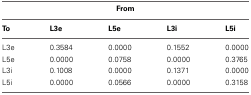
<table><thead><tr><td colspan="5"><b>From</b></td></tr></thead><tbody><tr><td><b>To</b></td><td><b>L3e</b></td><td><b>L5e</b></td><td><b>L3i</b></td><td><b>L5i</b></td></tr><tr><td>L3e</td><td>0.3584</td><td>0.0000</td><td>0.1552</td><td>0.0000</td></tr><tr><td>L5e</td><td>0.0000</td><td>0.0758</td><td>0.0000</td><td>0.3765</td></tr><tr><td>L3i</td><td>0.1008</td><td>0.0000</td><td>0.1371</td><td>0.0000</td></tr><tr><td>L5i</td><td>0.0000</td><td>0.0566</td><td>0.0000</td><td>0.3158</td></tr></tbody></table>